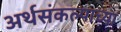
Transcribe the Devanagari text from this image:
अर्थसंकल्पाच्या